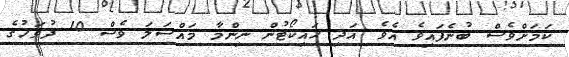
ކަމަށްވެސް ބުނެފައިވެ އެވެ. އަދި ހައިކޯޓުން ނިންމާ މައްސަލަ ވެސް 10 ދުވަހުގެ